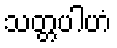
သတ္တပါဟံ